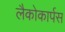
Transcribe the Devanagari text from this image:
लैकोकार्पस